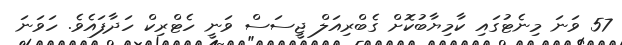
57 ވަނަ މިނެޓުގައި ކާމިޔާބުކޮށް ގެބްރިއަލް ޖީސަސް ވަނީ ހެޓްރިކް ހަދާފައެވެ. ހަވަނަ